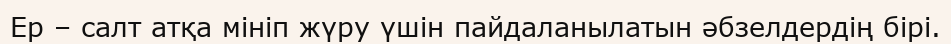
Ер – салт атқа мініп жүру үшін пайдаланылатын әбзелдердің бірі.